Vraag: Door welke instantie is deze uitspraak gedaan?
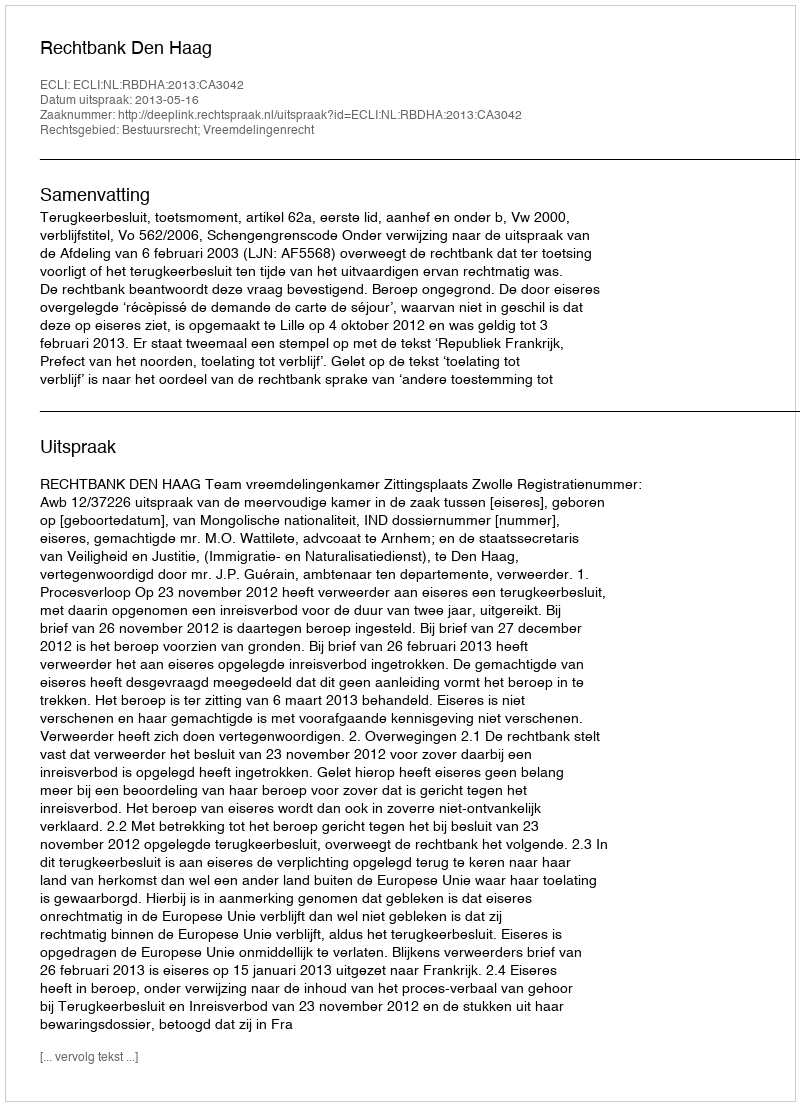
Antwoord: Rechtbank Den Haag